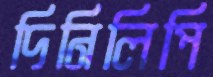
দিনিলিপি